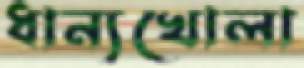
ধান্যখোলা